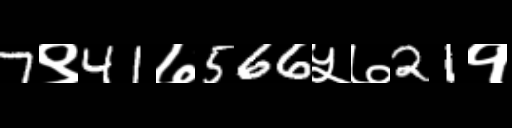
Text: 7९41७566५७21१